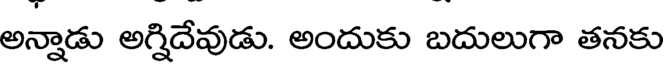
అన్నాడు అగ్నిదేవుడు. అందుకు బదులుగా తనకు